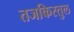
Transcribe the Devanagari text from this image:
तजकिरतुल